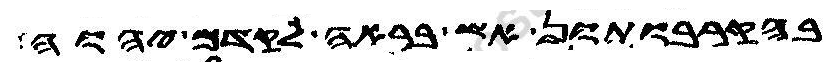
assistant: בהקרבותון אש בראה לקדם יהוה